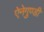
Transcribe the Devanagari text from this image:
ऐनेगुण्डी